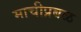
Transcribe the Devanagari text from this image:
माचीप्रबळ